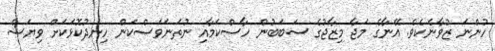
ހުންނަ ޒުވާނެކެވެ. އޭނާގެ މަޖާ މިޒާޖުގެ ސަބަބުން ހާސްކަމާއި ނުތަނަވަސްކަން ހިނދުކޮޅަކަށް ވިޔަސް